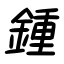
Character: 鍾